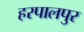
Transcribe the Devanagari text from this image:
हरपालपुर